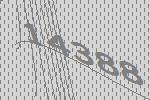
14388